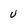
Character: u